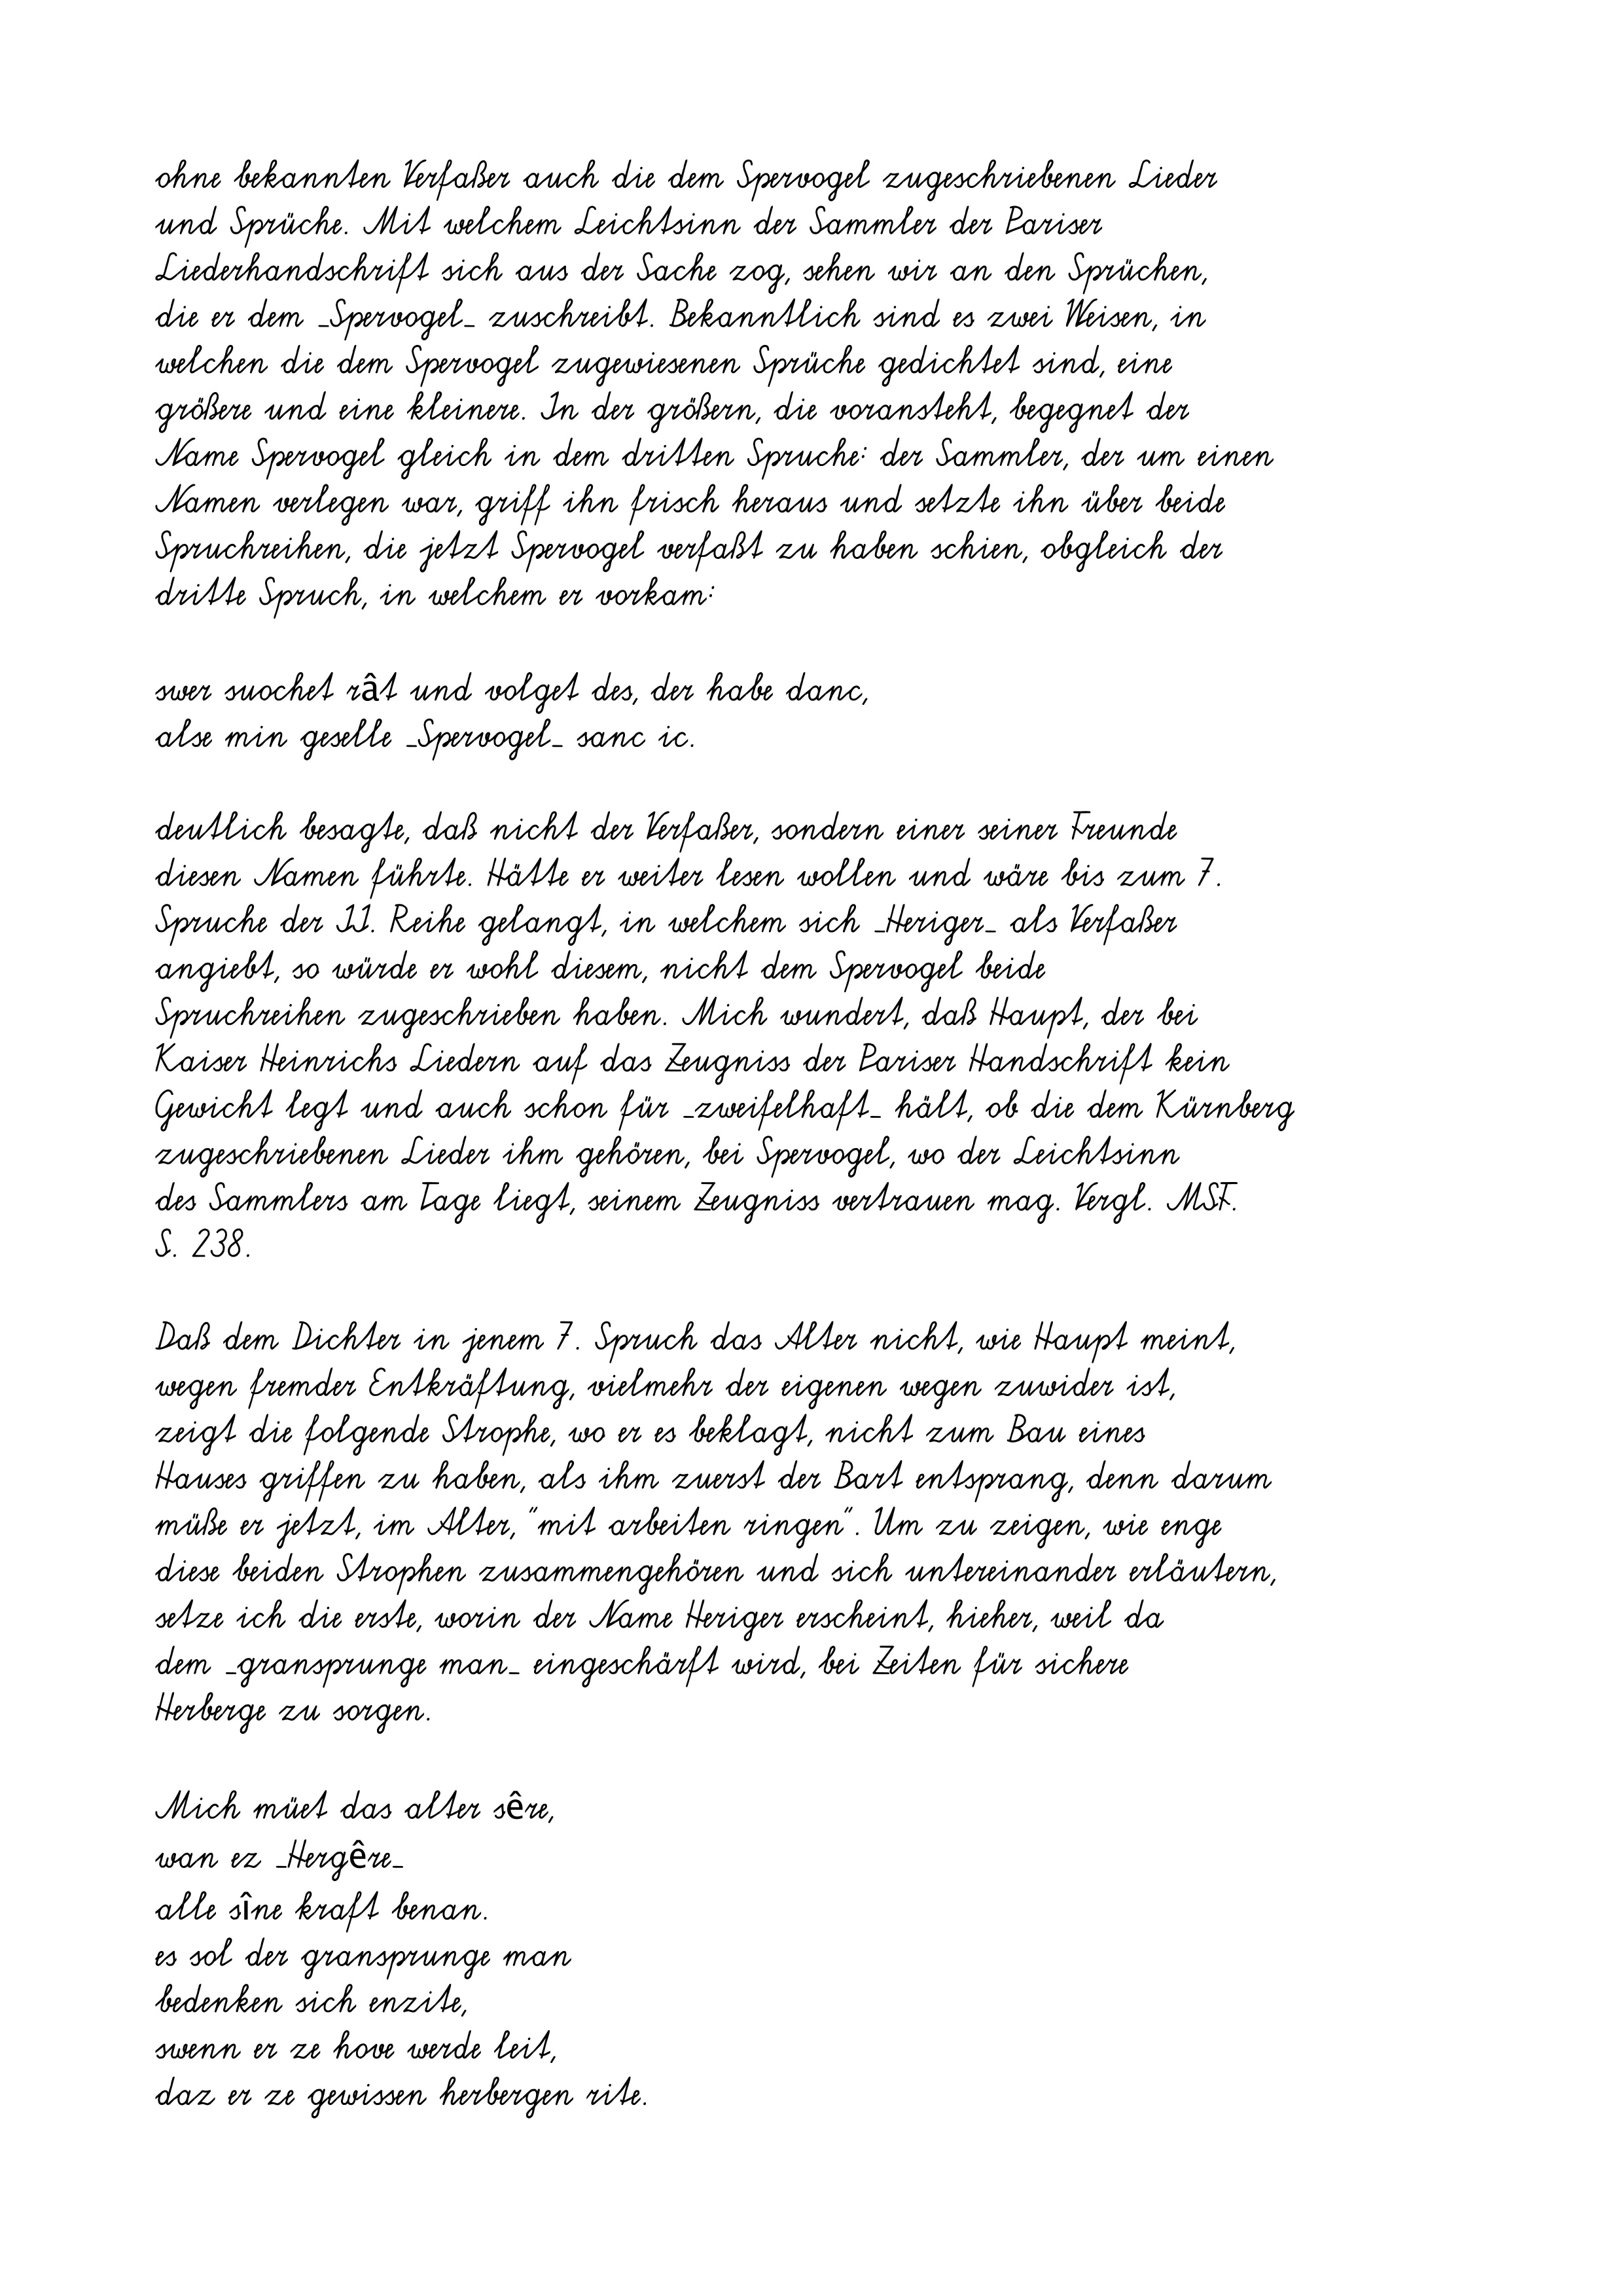
ohne bekannten Verfaßer auch die dem Spervogel zugeschriebenen Lieder
und Sprüche. Mit welchem Leichtsinn der Sammler der Pariser
Liederhandschrift sich aus der Sache zog, sehen wir an den Sprüchen,
die er dem _Spervogel_ zuschreibt. Bekanntlich sind es zwei Weisen, in
welchen die dem Spervogel zugewiesenen Sprüche gedichtet sind, eine
größere und eine kleinere. In der größern, die voransteht, begegnet der
Name Spervogel gleich in dem dritten Spruche: der Sammler, der um einen
Namen verlegen war, griff ihn frisch heraus und setzte ihn über beide
Spruchreihen, die jetzt Spervogel verfaßt zu haben schien, obgleich der
dritte Spruch, in welchem er vorkam:
swer suochet rât und volget des, der habe danc,
alse min geselle _Spervogel_ sanc ic.
deutlich besagte, daß nicht der Verfaßer, sondern einer seiner Freunde
diesen Namen führte. Hätte er weiter lesen wollen und wäre bis zum 7.
Spruche der II. Reihe gelangt, in welchem sich _Heriger_ als Verfaßer
angiebt, so würde er wohl diesem, nicht dem Spervogel beide
Spruchreihen zugeschrieben haben. Mich wundert, daß Haupt, der bei
Kaiser Heinrichs Liedern auf das Zeugniss der Pariser Handschrift kein
Gewicht legt und auch schon für _zweifelhaft_ hält, ob die dem Kürnberg
zugeschriebenen Lieder ihm gehören, bei Spervogel, wo der Leichtsinn
des Sammlers am Tage liegt, seinem Zeugniss vertrauen mag. Vergl. MSF.
S. 238.
Daß dem Dichter in jenem 7. Spruch das Alter nicht, wie Haupt meint,
wegen fremder Entkräftung, vielmehr der eigenen wegen zuwider ist,
zeigt die folgende Strophe, wo er es beklagt, nicht zum Bau eines
Hauses griffen zu haben, als ihm zuerst der Bart entsprang, denn darum
müße er jetzt, im Alter, "mit arbeiten ringen". Um zu zeigen, wie enge
diese beiden Strophen zusammengehören und sich untereinander erläutern,
setze ich die erste, worin der Name Heriger erscheint, hieher, weil da
dem _gransprunge man_ eingeschärft wird, bei Zeiten für sichere
Herberge zu sorgen.
Mich müet das alter sêre,
wan ez _Hergêre_
alle sîne kraft benan.
es sol der gransprunge man
bedenken sich enzite,
swenn er ze hove werde leit,
daz er ze gewissen herbergen rite.